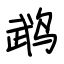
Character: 鹉